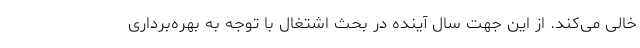
خالی می‌کند. از این جهت سال آینده در بحث اشتغال با توجه به بهره‌برداری